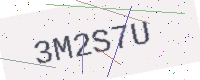
Text: 3M2S7U